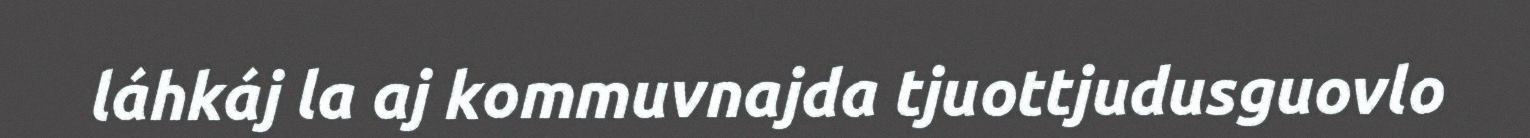
láhkáj la aj kommuvnajda tjuottjudusguovlo